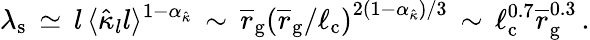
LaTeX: \lambda_{\mathrm{s}}\, \simeq\, l\, \langle\hat{\kappa}_{l}l\rangle^{1-\alpha_{\hat{\kappa}}}\, \sim\, \overline{r}_{\mathrm{g}}\left(\overline{r}_{\mathrm{g}}/\ell_{\mathrm{c}}\right)^{2(1-\alpha_{\hat{\kappa}})/3}\, \sim\, \ell_{\mathrm{c}}^{0.7}\overline{r}_{\mathrm{g}}^{0.3}\, .